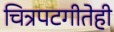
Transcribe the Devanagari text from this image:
चित्रपटगीतेही